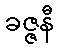
ခဇ္ဇနီ